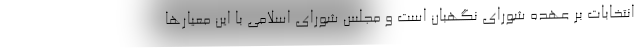
انتخابات بر عهده شورای نگهبان است و مجلس شورای اسلامی با این معیار‌ها